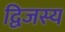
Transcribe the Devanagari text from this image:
द्विजस्य